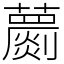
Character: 蘮